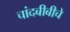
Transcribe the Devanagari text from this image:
चांदबीबीचे